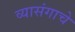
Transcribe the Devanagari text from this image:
व्यासंगाचे